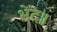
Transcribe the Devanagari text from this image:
भेद॥